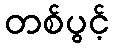
တစ်ပွင့်